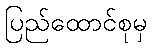
ပြည်ထောင်စုမှ